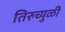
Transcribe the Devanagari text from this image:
तिरुच्युळी